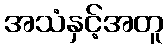
အသံနှင့်အတူ